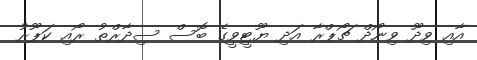
އާއި ވިދޫ ވިނޯދް ޗޯޕްރާ އަދި ޔޫޓީވީގެ ބޮސް ސިދާރްތު ރޯއި ކަޕޫރު